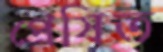
প্রেষিত